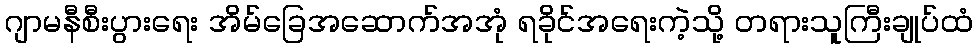
ဂျာမနီစီးပွားရေး အိမ်ခြေအဆောက်အအုံ ရခိုင်အရေးကဲ့သို့ တရားသူကြီးချုပ်ထံ